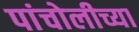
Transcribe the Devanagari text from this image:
पांचोलीच्या